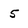
Character: 5